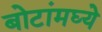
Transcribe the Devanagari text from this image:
बोटांमघ्ये